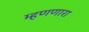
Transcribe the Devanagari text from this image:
म्हणणारा